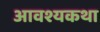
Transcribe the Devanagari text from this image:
आवश्यकथा